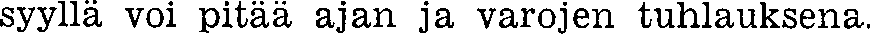
syyllä voi pitää ajan ja varojen tuhlauksena.